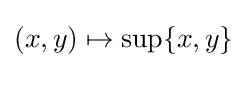
(x,y)\mapsto \sup _{}\{x,y\}